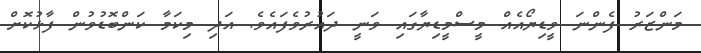
މަންޒަރު ފެންނަ ވީޑިޔޯއެއް މީސްމީޑިޔާގައި ވަނީ ދައުރުވެފައެވެ. އަދި މިކަމާ ކަންބޮޑުވުން ފާޅުކޮށް